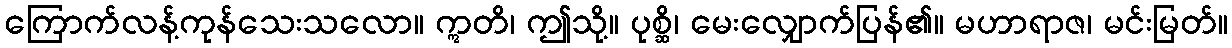
ကြောက်လန့်ကုန်သေးသလော။ ဣတိ၊ ဤသို့။ ပုစ္ဆိ၊ မေးလျှောက်ပြန်၏။ မဟာရာဇ၊ မင်းမြတ်။